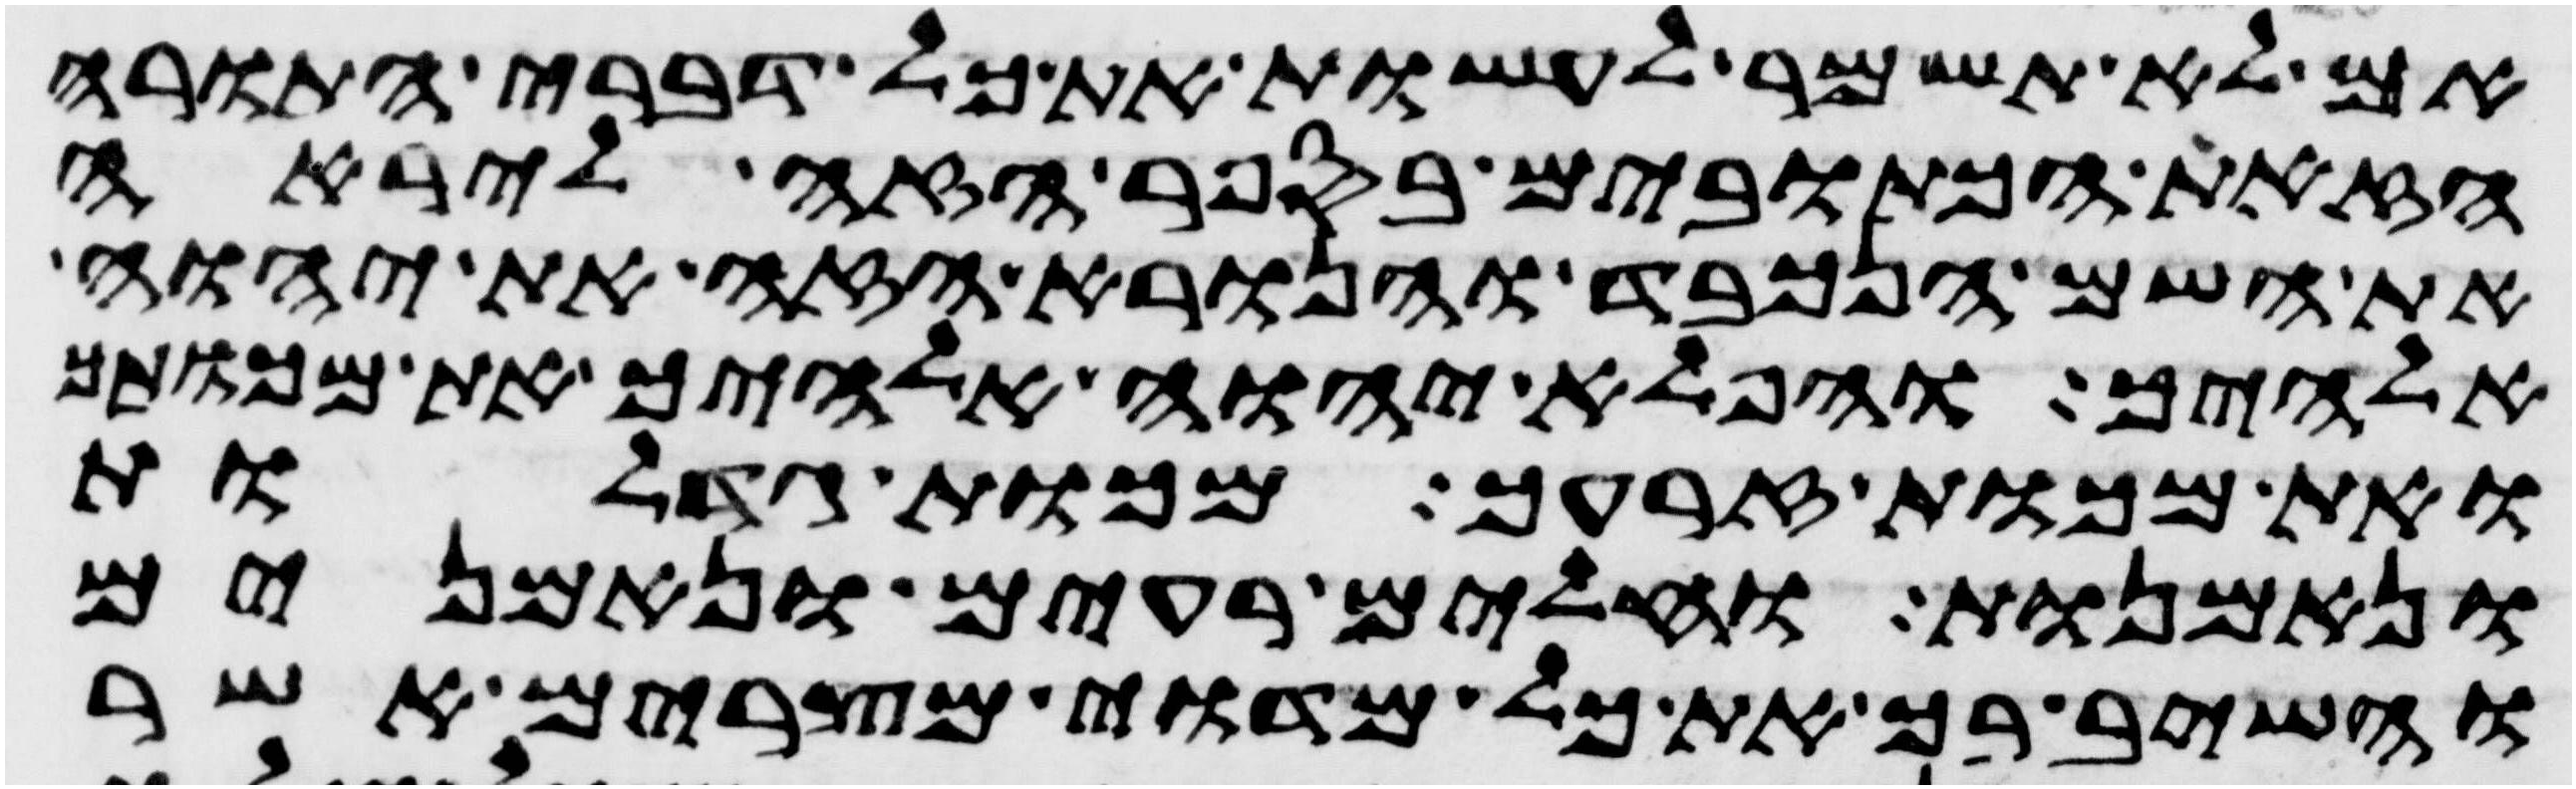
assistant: אם לא תשמר לעשות את כל דברי התורה
הזאת הכתובים בספר הזה ליראה
את השם הנכבד והנורא הזה את יהוה
אלהיך והפלא יהוה אלהיך את מכותך
ואת מכות זרעך מכות גדלות
ונאמנות וחלים רעים ונאמנים
והשיב בך את כל מדוי מצרים אשר